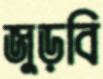
জুড়বি